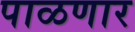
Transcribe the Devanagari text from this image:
पाळणार